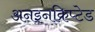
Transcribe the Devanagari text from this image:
अनइनक्रिप्टेड